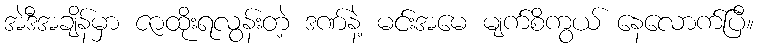
အဲဒီအချိန်မှာ ဇာထိုးရလွန်းတဲ့ ဒဏ်နဲ့ မင်းအမေ မျက်စိကွယ် နေလောက်ပြီ။